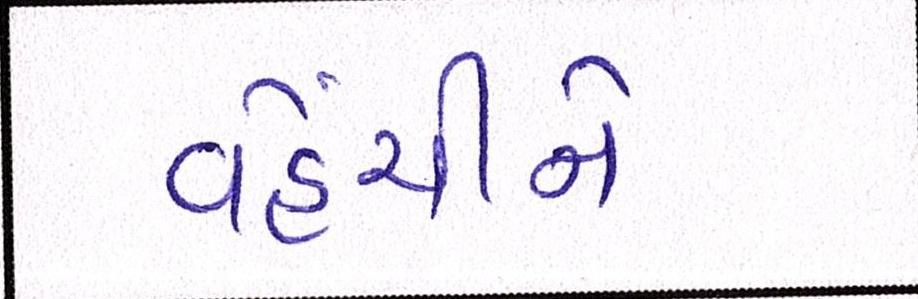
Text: વહેંચીને